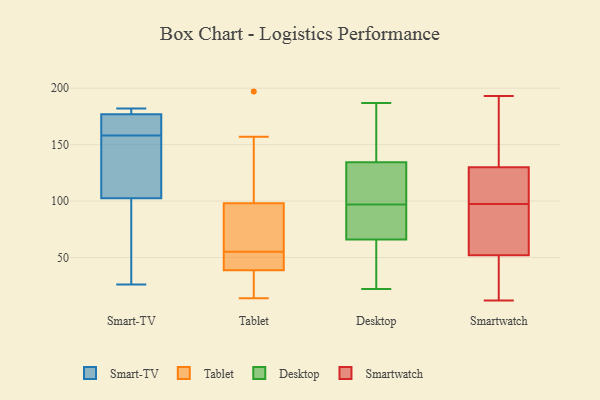
{"axis": {"x": "Revenue (USD Million)", "y": "Value"}, "legend": ["Desktop", "Smart-TV", "Smartwatch", "Tablet"], "data": [{"x": "", "y": 62, "type": "Smart-TV"}, {"x": "", "y": 180, "type": "Smart-TV"}, {"x": "", "y": 114, "type": "Smart-TV"}, {"x": "", "y": 165, "type": "Smart-TV"}, {"x": "", "y": 26, "type": "Smart-TV"}, {"x": "", "y": 161, "type": "Smart-TV"}, {"x": "", "y": 175, "type": "Smart-TV"}, {"x": "", "y": 126, "type": "Smart-TV"}, {"x": "", "y": 182, "type": "Smart-TV"}, {"x": "", "y": 91, "type": "Smart-TV"}, {"x": "", "y": 179, "type": "Smart-TV"}, {"x": "", "y": 155, "type": "Smart-TV"}, {"x": "", "y": 87, "type": "Tablet"}, {"x": "", "y": 84, "type": "Tablet"}, {"x": "", "y": 131, "type": "Tablet"}, {"x": "", "y": 67, "type": "Tablet"}, {"x": "", "y": 39, "type": "Tablet"}, {"x": "", "y": 197, "type": "Tablet"}, {"x": "", "y": 157, "type": "Tablet"}, {"x": "", "y": 32, "type": "Tablet"}, {"x": "", "y": 44, "type": "Tablet"}, {"x": "", "y": 38, "type": "Tablet"}, {"x": "", "y": 55, "type": "Tablet"}, {"x": "", "y": 14, "type": "Tablet"}, {"x": "", "y": 54, "type": "Tablet"}, {"x": "", "y": 22, "type": "Desktop"}, {"x": "", "y": 115, "type": "Desktop"}, {"x": "", "y": 153, "type": "Desktop"}, {"x": "", "y": 187, "type": "Desktop"}, {"x": "", "y": 134, "type": "Desktop"}, {"x": "", "y": 95, "type": "Desktop"}, {"x": "", "y": 81, "type": "Desktop"}, {"x": "", "y": 43, "type": "Desktop"}, {"x": "", "y": 90, "type": "Desktop"}, {"x": "", "y": 52, "type": "Desktop"}, {"x": "", "y": 50, "type": "Desktop"}, {"x": "", "y": 136, "type": "Desktop"}, {"x": "", "y": 80, "type": "Desktop"}, {"x": "", "y": 160, "type": "Desktop"}, {"x": "", "y": 99, "type": "Desktop"}, {"x": "", "y": 90, "type": "Desktop"}, {"x": "", "y": 135, "type": "Desktop"}, {"x": "", "y": 130, "type": "Desktop"}, {"x": "", "y": 107, "type": "Desktop"}, {"x": "", "y": 49, "type": "Desktop"}, {"x": "", "y": 32, "type": "Smartwatch"}, {"x": "", "y": 97, "type": "Smartwatch"}, {"x": "", "y": 130, "type": "Smartwatch"}, {"x": "", "y": 193, "type": "Smartwatch"}, {"x": "", "y": 89, "type": "Smartwatch"}, {"x": "", "y": 52, "type": "Smartwatch"}, {"x": "", "y": 127, "type": "Smartwatch"}, {"x": "", "y": 159, "type": "Smartwatch"}, {"x": "", "y": 42, "type": "Smartwatch"}, {"x": "", "y": 57, "type": "Smartwatch"}, {"x": "", "y": 12, "type": "Smartwatch"}, {"x": "", "y": 69, "type": "Smartwatch"}, {"x": "", "y": 41, "type": "Smartwatch"}, {"x": "", "y": 102, "type": "Smartwatch"}, {"x": "", "y": 98, "type": "Smartwatch"}, {"x": "", "y": 185, "type": "Smartwatch"}, {"x": "", "y": 140, "type": "Smartwatch"}, {"x": "", "y": 104, "type": "Smartwatch"}]}